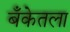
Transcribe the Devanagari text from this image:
बँकेतला